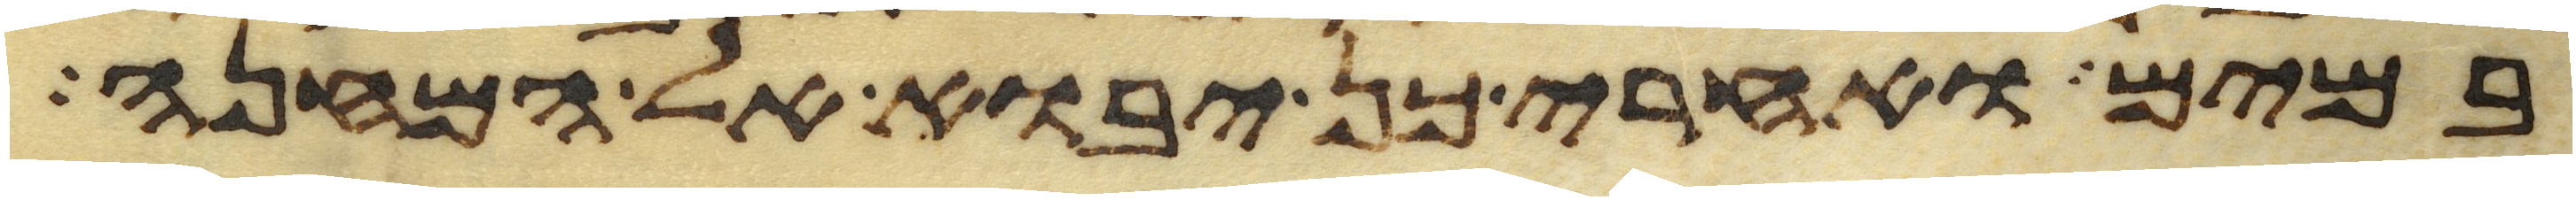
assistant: במים ואחרי כן יבוא אל המחנה